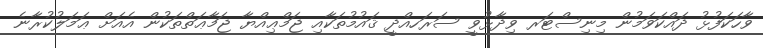
ވާހަކަފުޅު ދައްކަވަމުން މިނިސްޓަރ ވިދާޅުވީ ސަރަހއްދީ ޤައުމުތަކާއި ޖަމްޢިއްޔާ ޖަމާޢަތްތަކުން އެއަށް ޢަމަލުކުރާނެ